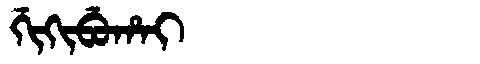
Manchu: ᡤᡳᡴᡳᠪᡠᡥᠠᡳ
Romanization: GIKIBUHAI